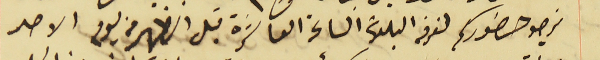
نرجو حضوركم لغرفه البلدىة الساعة العاشرة قبل الظهر من يوم الاحد